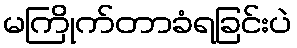
မကြိုက်တာခံရခြင်းပဲ